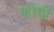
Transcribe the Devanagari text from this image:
शोधी